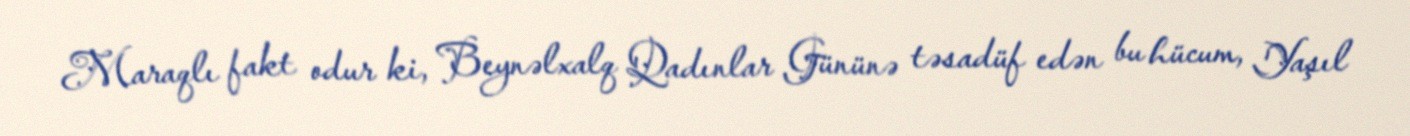
Maraqlı fakt odur ki, Beynəlxalq Qadınlar Gününə təsadüf edən bu hücum, Yaşıl